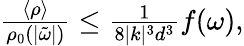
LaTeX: \begin{array}{r}{\frac{\langle\rho\rangle}{\rho_{0}(|\tilde{\omega}|)}\leq\frac{1}{8|k|^{3}d^{3}}f(\omega),}\end{array}